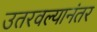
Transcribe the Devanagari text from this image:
उतरवल्यानंतर